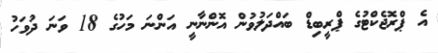
އެ ޕްރޮޖެކްޓުގެ ޕްރީބިޑް ބައްދަލުވުން އޮންނާނީ އަންނަ މަހުގެ 18 ވަނަ ދުވަހު